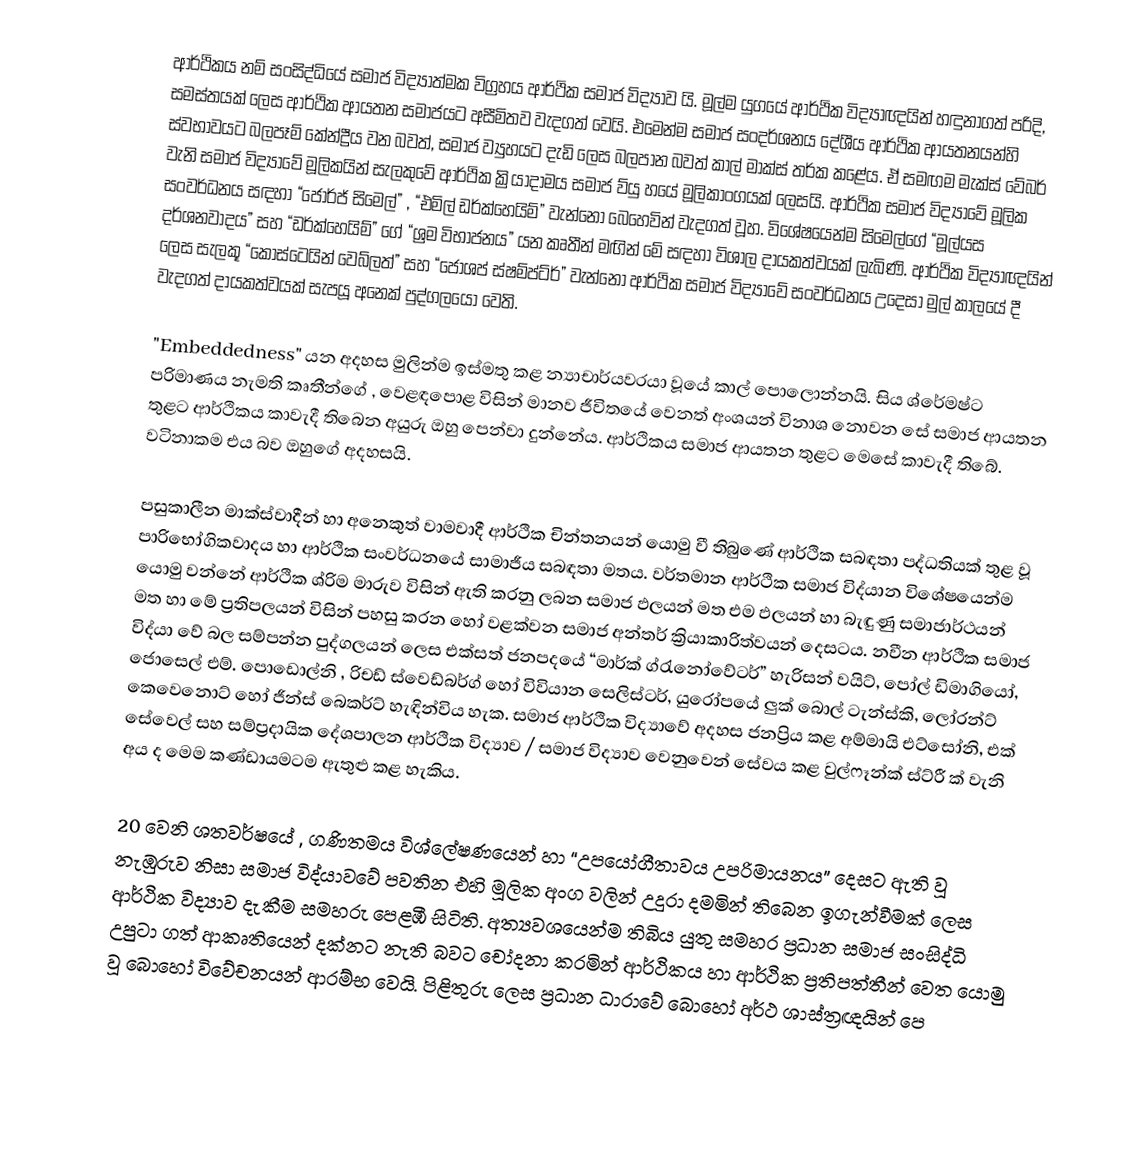
ආර්ථිකය නම් සංසිද්ධියේ සමාජ විද්‍යාත්මක විග්‍රහය ආර්ථික සමාජ විද්‍යාව යි. මූල්ම යුගයේ ආර්ථික විද්‍යාඥයින් හඳුනාගත් පරිදි, සමස්තයක් ලෙස ආර්ථික ආයතන සමාජයට අසීමිතව වැදගත් වෙයි. එමෙන්ම සමාජ සංදර්ශනය දේශීය ආර්ථික ආයතනයන්හි ස්වභාවයට බලපෑම් කේන්ද්‍රීය වන බවත්, සමාජ ව්‍යුහයට දැඩි ලෙස බලපාන බවත් කාල් මාක්ස් තර්ක කළේය. ඒ සමඟම මැක්ස් වේබර් වැනි සමාජ විද්‍යාවේ මූලිකයින් සැලකුවේ ආර්ථික ක්‍රියාදාමය සමාජ ව්යු හයේ මූලිකාංගයක් ලෙසයි. ආර්ථික සමාජ විද්‍යාවේ මූලික සංවර්ධනය සඳහා “ජෝර්ජ් සිමෙල්” , “එමිල් ඩර්ක්හෙයිම්” වැන්නෝ බෙහෙවින් වැදගත් වූහ. විශේෂයෙන්ම සිමෙල්ගේ “මූල්යස දර්ශනවාදය” සහ “ඩර්ක්හෙයිම්” ගේ “ශ්‍රම විභාජනය” යන කෘතීන් මඟින් මේ සඳහා විශාල දායකත්වයක් ලැබිණි. ආර්ථික විද්‍යාඥයින් ලෙස සැලකූ “කෝස්ටෙයින් වෙබ්ලත්” සහ “ජෝශප් ස්ෂම්ප්ට්ර්” වැන්නෝ ආර්ථික සමාජ විද්‍යාවේ සංවර්ධනය උදෙසා මුල් කාලයේ දී වැදගත් දායකත්වයක් සැපයූ අනෙක් පුද්ගලයෝ වෙති.

"Embeddedness" යන අදහස මුලින්ම ඉස්මතු කළ න්‍යාචාර්යවරයා වූයේ කාල් පොලොන්නයි. සිය ශ්රේමෂ්ට පරිමාණය නැමති කෘතීන්ගේ , වෙළඳපොළ විසින් මානව ජීවිතයේ වෙනත් අංශයන් විනාශ නොවන සේ සමාජ ආයතන තුළට ආර්ථිකය කාවැදී තිබෙන අයුරු ඔහු පෙන්වා දුන්නේය. ආර්ථිකය සමාජ ආයතන තුළට මෙසේ කාවැදී තිබේ. වටිනාකම එය බව ඔහුගේ අදහසයි.

පසුකාලීන මාක්ස්වාදීන් හා අනෙකුත් වාමවාදී ආර්ථික චින්තනයන් යොමු වී තිබුණේ ආර්ථික සබඳතා පද්ධතියක් තුළ වූ පාරිභෝගිකවාදය හා ආර්ථික සංවර්ධනයේ සාමාජීය සබඳතා මතය.  වර්තමාන ආර්ථික සමාජ විද්යාන විශේෂයෙන්ම යොමු වන්නේ ආර්ථික ශ්රිම මාරුව විසින් ඇති කරනු ලබන සමාජ ඵලයන් මත එම ඵලයන් හා බැඳුණු සමාජාර්ථයන් මත හා මේ ප්‍රතිපලයන් විසින් පහසු කරන හෝ වළක්වන සමාජ අන්තර් ක්‍රියාකාරිත්වයන් දෙසටය. නවීන ආර්ථික සමාජ විද්යා වේ බල සම්පන්න පුද්ගලයන් ලෙස එක්සත් ජනපදයේ “මාර්ක් ග්රැනෝවේටර්” හැරිසන් වයිට්, පෝල් ඩිමාගියෝ, ජොසෙල් එම්. පොඩොල්නි , රිචඩ් ස්වෙඩ්බර්ග් හෝ විවියාන සෙලිස්ටර්, යුරෝපයේ ලුක් බොල් ටැන්ස්කි, ලෝරන්ට් කෙවෙනොට් හෝ ජීන්ස් බෙකර්ට් හැඳින්විය හැක. සමාජ ආර්ථික විද්‍යාවේ අදහස ජනප්‍රිය කළ අම්මායි එට්සෝනි, එක් සේවෙල් සහ සම්ප්‍රදායික දේශපාලන ආර්ථික විද්‍යාව / සමාජ විද්‍යාව වෙනුවෙන් සේවය කළ වුල්ෆෑන්ක් ස්ට්රී ක් වැනි අය ද මෙම කණ්ඩායමටම ඇතුළු කළ හැකිය.

20 වෙනි ශතවර්ෂයේ , ගණිතමය විශ්ලේෂණයෙන් හා “උපයෝගීතාවය උපරිමායනය” දෙසට ඇති වූ නැඹුරුව නිසා සමාජ විද්යාවවේ පවතින එහි මූලික අංග වලින් උදුරා දමමින් තිබෙන ඉගැන්වීමක් ලෙස ආර්ථික විද්‍යාව දැකීම සමහරු පෙළඹී සිටිති. අත්‍යවශයෙන්ම තිබිය යුතු සමහර ප්‍රධාන සමාජ සංසිද්ධි උපුටා ගත් ආකෘතියෙන් දක්නට නැති බවට චෝදනා කරමින් ආර්ථිකය හා ආර්ථික ප්‍රතිපත්තීන් වෙත යොමු වූ බොහෝ විවේචනයන් ආරම්භ වෙයි. පිළිතුරු ලෙස ප්‍රධාන ධාරාවේ බොහෝ අර්ථ ශාස්ත්‍රඥයින් පෙ